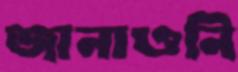
জানাওনি